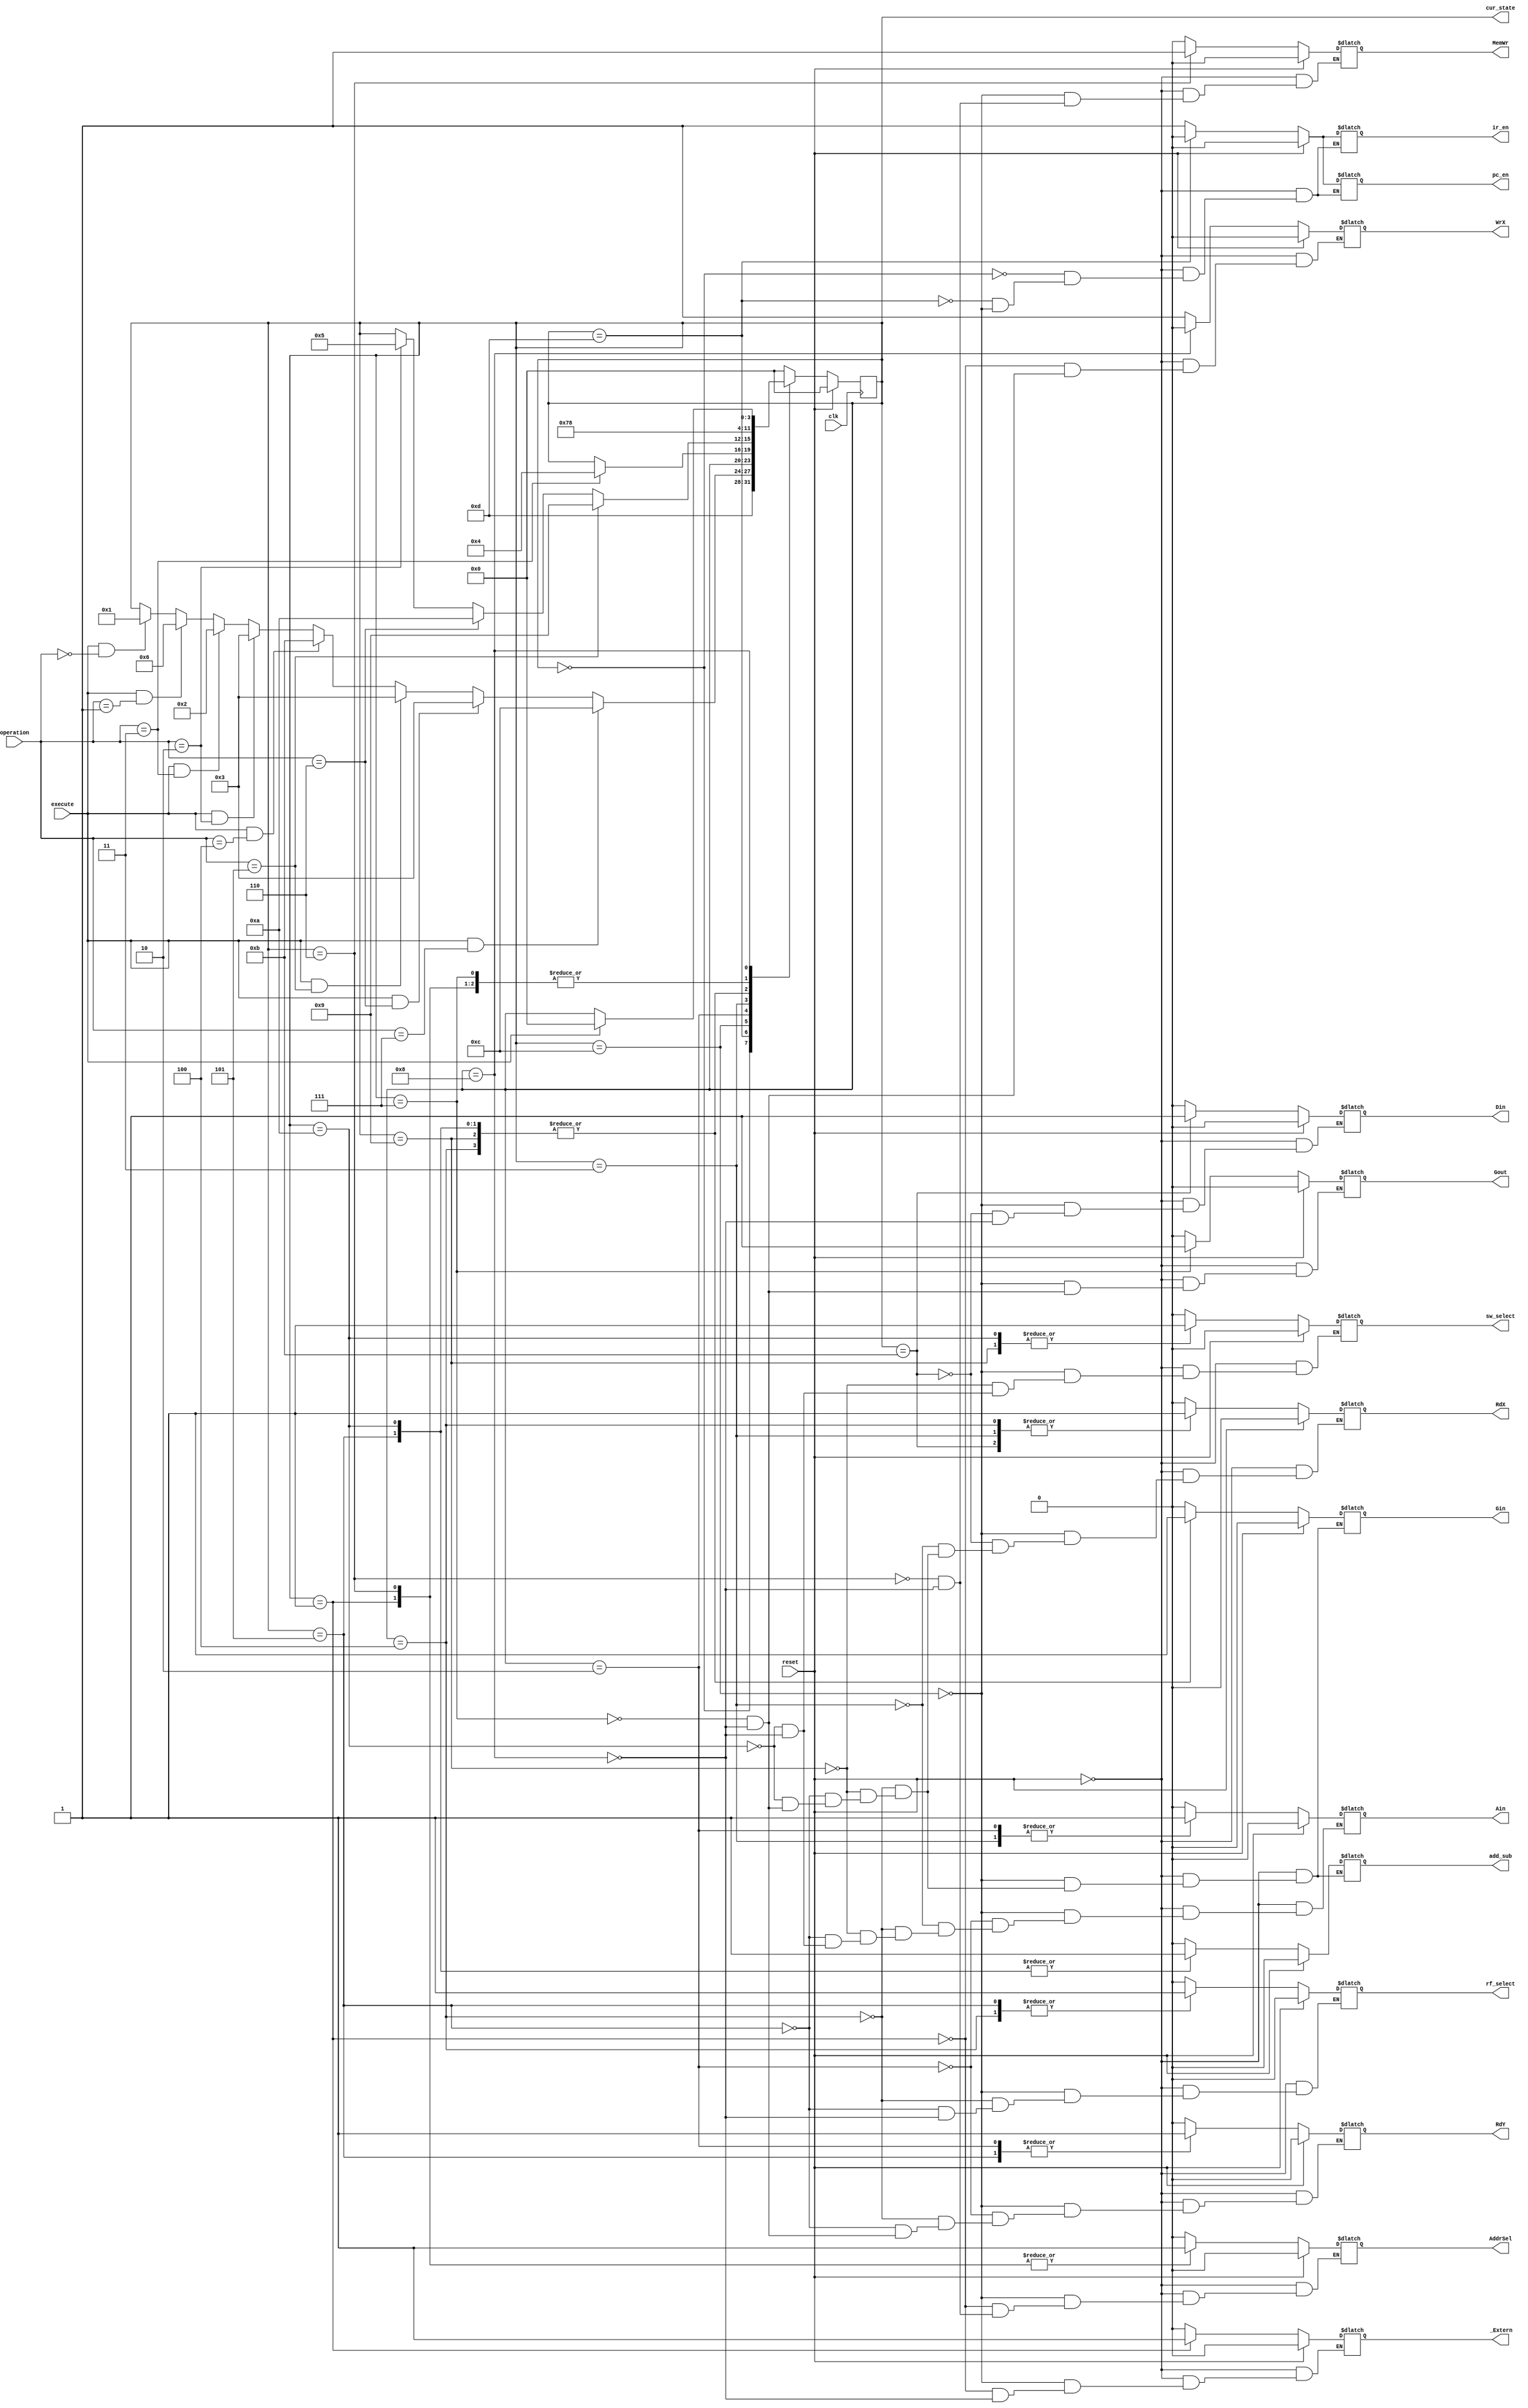
module L4_SM(input clk,
			 input execute,
			 input [3:0] operation, 
			 input reset,
			 output reg _Extern,
			 output reg Gout,
			 output reg Ain,
			 output reg Gin,
			 output reg Din,
			 output reg RdX, 
			 output reg RdY,  
			 output reg WrX,
			 output reg add_sub,
			 output reg rf_select,
			 output reg sw_select,
			 output reg pc_en,
			 output reg ir_en,
			 output reg MemWr,   //new
			 output reg AddrSel, //new
			 output [3:0] cur_state);
			
	parameter FETCH 	=  0;
	parameter LOAD 		=  1;
	parameter READ_Y 	=  2;
	parameter READ_X 	=  3;
	parameter ADD 		=  4;
	parameter SUB 		=  5;	
	parameter STORE 	=  6;
	parameter WRITE_X 	=  7;
	parameter DONE 		=  8;
	parameter ADDI 	    =  9;
    parameter SUBI      =  10;
    parameter DISP      =  11;
    parameter HALT      =  12;
    parameter DECODE    =  13;
	
	reg [3:0] state = FETCH;
	reg [3:0] next_state;
	 
	assign cur_state = state;
		 
	always@(posedge clk)
	begin
		state <= next_state;
    end
    
	always@(*)
	begin
		if(reset)
		begin
		  _Extern = 0;
          Gout = 0;
          Ain = 0;
          Gin = 0;
          RdX = 0;
          RdY = 0;
          WrX=0;
          add_sub = 0;
          rf_select = 0;
          sw_select = 0;
          Din = 0;
          pc_en = 0;
          ir_en = 0;
          MemWr = 0;
          AddrSel = 0; 
          next_state = FETCH;
		end
		
		else
		begin
	        next_state = state;
                                
            case(state)
                FETCH: begin  
                        ir_en = 1;
                        pc_en = 1;          
                        next_state = DECODE;
                      end
                      
                DECODE : begin
                            ir_en = 0;
                            pc_en = 0;          
                            if(execute == 1 && operation == 0) next_state = LOAD;   //entry to load
                            if(execute == 1 && operation == 1) next_state = STORE;  //entry to store
                            if(execute == 1 && operation == 3) next_state = READ_Y; //entry to add
                            if(execute == 1 && operation == 2) next_state = READ_X; //entry to sub
                            if(execute == 1 && operation == 4) next_state = DISP;
                            if(execute == 1 && operation == 5) next_state = READ_X; //entry to addi (x=x+i, need to read x first now)
                            if(execute == 1 && operation == 6) next_state = READ_X; //entry to subi
                            if(execute == 1 && operation == 7) next_state = HALT;
                         end   
                            
                HALT: begin
                          _Extern = 0;
                          Gout = 0;
                          Ain = 0;
                          Gin = 0;
                          RdX = 0;
                          RdY = 0;
                          add_sub = 0;
                          rf_select = 0;
                          sw_select = 0;
                          Din = 0;
                          pc_en = 1;
                          ir_en = 1;
                          MemWr = 0;
                          AddrSel = 0; 
                      end
                
                DISP: begin
                        RdX = 1;     
                        Din = 1;
                        next_state = DONE;
                      end
                      
                LOAD: begin
                        _Extern = 1;
                        WrX = 1;
                        AddrSel = 1;
                        next_state = DONE;
                      end
                      
                READ_Y: begin
                            RdY = 1;
                            Ain = 1;
                            if(operation == 3) next_state = ADD;
                        end
                        
                READ_X: begin
                            RdX = 1;
                            Ain = 1;
                            if(operation == 2) next_state = SUB;
                            if(operation == 6) next_state = SUBI;
                            if(operation == 5) next_state = ADDI;
                        end
                        
                ADD: begin
                        RdY = 0;
                        Ain = 0;
                        RdX = 1;
                        add_sub = 0;
                        rf_select = 1;
                        Gin = 1;
                        next_state = WRITE_X;
                     end
                
                ADDI: begin
                         RdX = 0;
                         Ain = 0;
                         add_sub = 0;
                         sw_select = 1;
                         Gin = 1;
                         next_state = WRITE_X;
                      end
                     
                SUB: begin
                        RdX = 0;
                        Ain = 0;
                        RdY = 1;
                        add_sub = 1;
                        rf_select = 1;
                        Gin = 1;
                        next_state = WRITE_X;
                     end
                     
                SUBI: begin
                         RdX = 0;
                         Ain = 0;
                         add_sub = 1;
                         sw_select = 1;
                         Gin = 1;
                         next_state = WRITE_X;
                      end
                      
                STORE: begin
                        MemWr = 1;
                        AddrSel = 1; 
                        next_state = DONE;
                       end
                    
                WRITE_X: begin
                            add_sub = 0;
                            RdX = 0;
                            RdY = 0;
                            Gin = 0;
                            Gout = 1;
                            WrX = 1;
                            next_state = DONE;
                         end
                         
                DONE: begin
                        _Extern = 0;
                        WrX = 0;
                        Gout = 0;
                        RdY = 0;
                        RdX = 0;
                        Ain = 0;
                        Gin = 0;
                        add_sub = 0;
                        rf_select = 0;
                        sw_select = 0;
                        Din = 0;
                        AddrSel = 0;
                        MemWr = 0;
                        if(execute == 1) 
                            next_state = FETCH;
                      end
                default: next_state = FETCH;
            endcase
	   end 			
	end	 
endmodule

/*
0000 - load
0001 - store //new
0010 - subtract
0011 - add
0100 - display
0101 - addi
0110 - subi
0111 - halt

*/